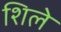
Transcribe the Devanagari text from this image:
शिले